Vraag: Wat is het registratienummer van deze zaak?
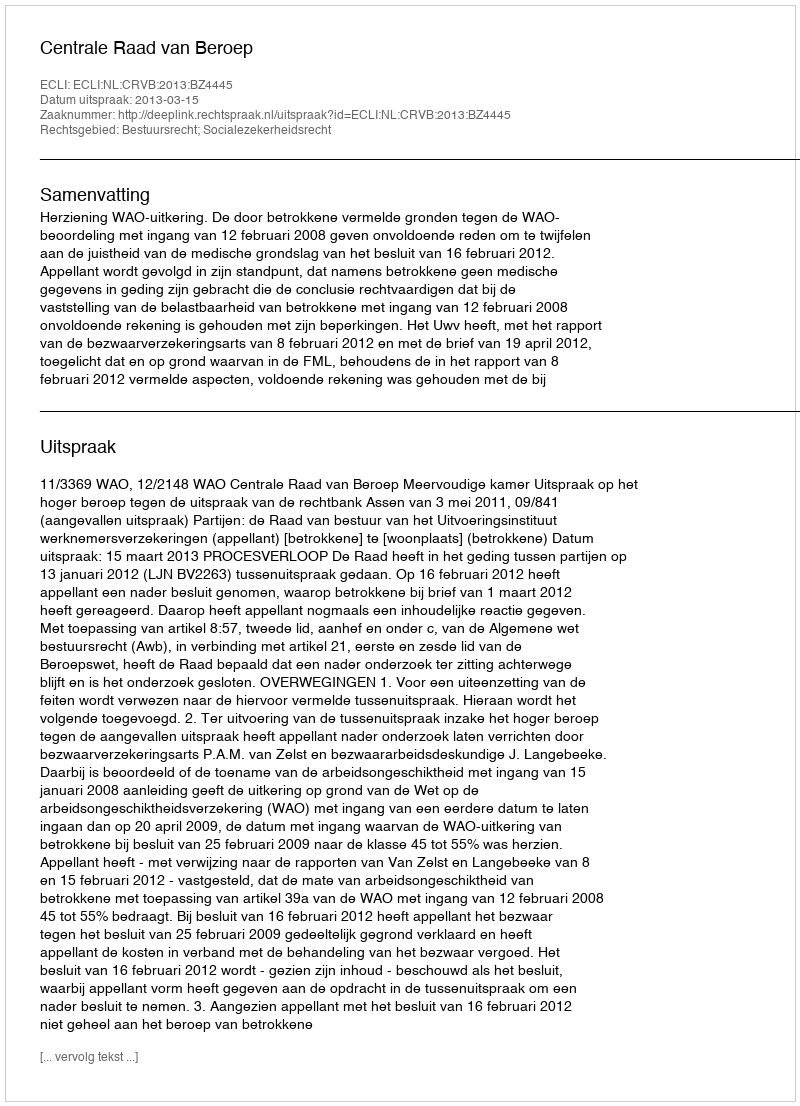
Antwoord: http://deeplink.rechtspraak.nl/uitspraak?id=ECLI:NL:CRVB:2013:BZ4445